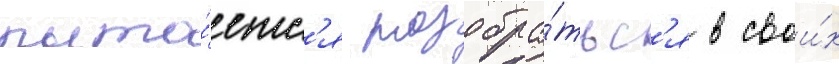
пыта́етс'я разобра́тьс'я в свои́х